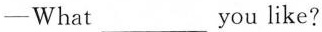
-What___you like?